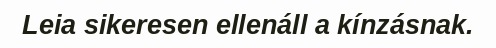
Leia sikeresen ellenáll a kínzásnak.